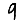
Digit: 9